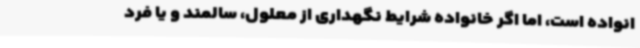
انواده است، اما اگر خانواده شرایط نگهداری از معلول، سالمند و یا فرد